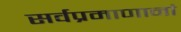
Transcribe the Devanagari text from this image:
सर्वप्रमाणानां